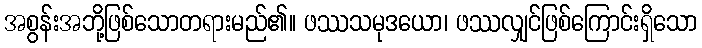
အစွန်းအဘို့ဖြစ်သောတရားမည်၏။ ဖဿသမုဒယော၊ ဖဿလျှင်ဖြစ်ကြောင်းရှိသော